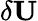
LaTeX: \delta\mathbf{U}